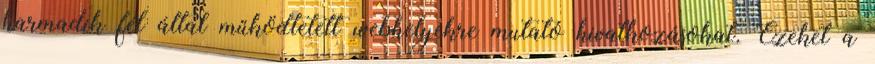
harmadik fél által működtetett webhelyekre mutató hivatkozásokat. Ezeket a